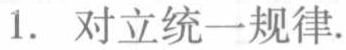
1. 对立统一规律.